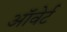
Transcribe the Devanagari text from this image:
ऑवेर्ट